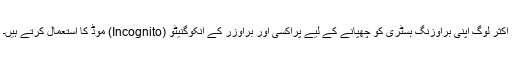
اکثر لوگ اپنی براؤزنگ ہسٹری کو چھپانے کے لیے پراکسی اور براؤزر کے انکوگنیٹو (Incognito) موڈ کا استعمال کرتے ہیں۔